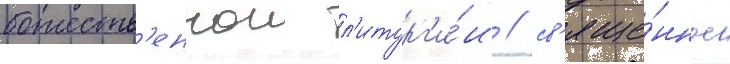
божеств'еннои л'итург'и́и / св'яще́нное